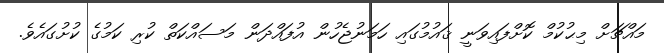
މައްޗަށް މިޙުކުމް ކޮށްފައިވަނީ ޤައުމުގައި ހަމަނުޖެހުން އުފައްދަން މަސައްކަތް ކުރި ކަމުގެ ކުށުގައެވެ.